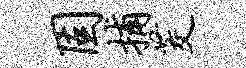
固捕茭